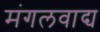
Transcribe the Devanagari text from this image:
मंगलवाद्य